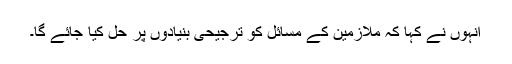
انہوں نے کہا کہ ملازمین کے مسائل کو ترجیحی بنیادوں پر حل کیا جائے گا۔